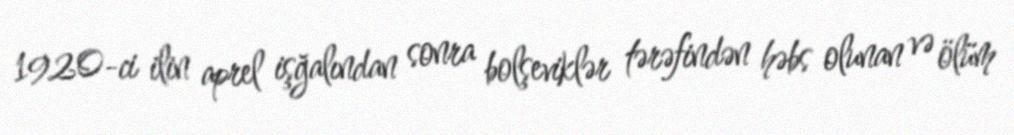
1920-ci ilin aprel işğalından sonra bolşeviklər tərəfindən həbs olunan və ölüm